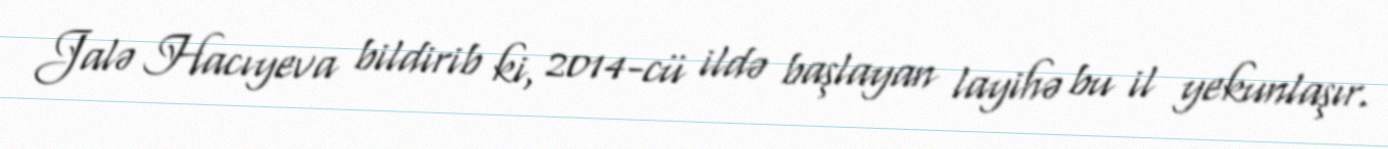
Jalə Hacıyeva bildirib ki, 2014-cü ildə başlayan layihə bu il yekunlaşır.